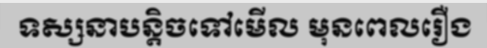
ទស្សនាបន្តិចទៅមើល មុនពេលរឿង